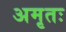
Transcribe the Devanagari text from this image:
अमृतः